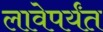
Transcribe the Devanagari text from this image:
लावेपर्यंत